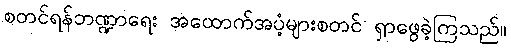
စတင်ရန်ဘဏ္ဍာရေး အထောက်အပံ့များစတင် ရှာဖွေခဲ့ကြသည်။